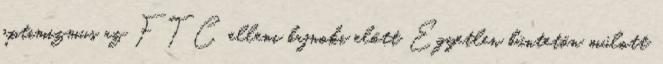
optimizmus az FTC elleni bajnoki előtt Egyetlen büntetőn múlott